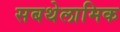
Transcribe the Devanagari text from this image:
सबथेलामिक